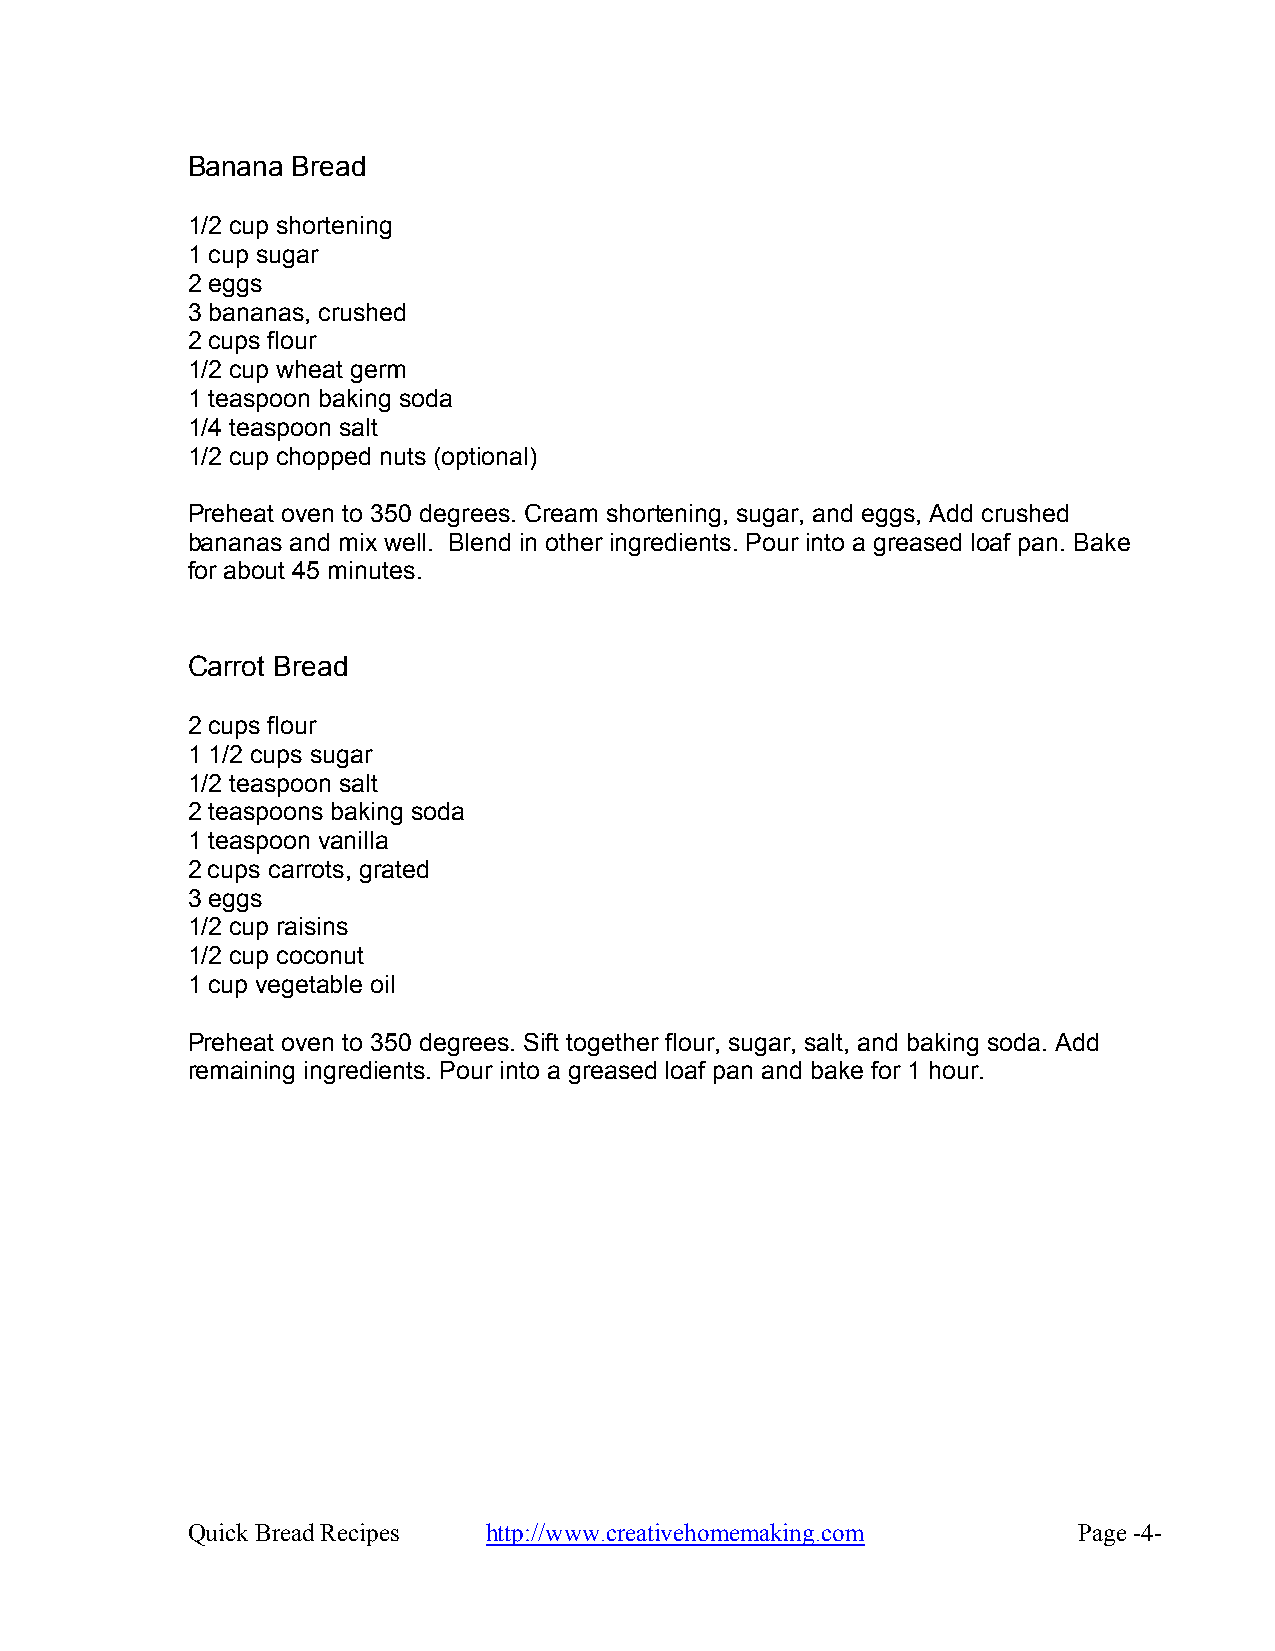
Banana Bread
 1/2 cup shortening
 1 cup sugar
 2 eggs
 3 bananas, crushed
 2 cups flour
 1/2 cup wheat germ
 1 teaspoon baking soda
 1/4 teaspoon salt
 1/2 cup chopped nuts (optional)
 Preheat oven to 350 degrees. Cream shortening, sugar, and eggs, Add crushed
 bananas and mix well. Blend in other ingredients. Pour into a greased loaf pan. Bake
 for about 45 minutes.
 Carrot Bread
 2 cups flour
 1 1/2 cups sugar
 1/2 teaspoon salt
 2 teaspoons baking soda
 1 teaspoon vanilla
 2 cups carrots, grated
 3 eggs
 1/2 cup raisins
 1/2 cup coconut
 1 cup vegetable oil
 Preheat oven to 350 degrees. Sift together flour, sugar, salt, and baking soda. Add
 remaining ingredients. Pour into a greased loaf pan and bake for 1 hour.
 Quick Bread Recipes http://www.creativehomemaking.com      Page -4-